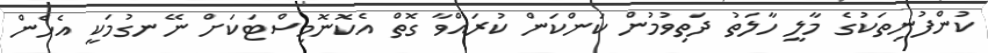
ކުންފުނިތަކުގެ މާލީ ހާލަތު ދަތިވުމުން ކަންކަން ކުރައްވާ ގޮތް އެކޮނޮމިސްޓަކަށް ނޭނގުމަކީ އެހެން